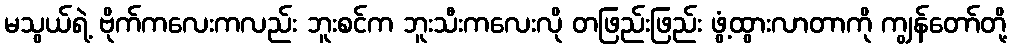
မသွယ်ရဲ့ ဗိုက်ကလေးကလည်း ဘူးစင်က ဘူးသီးကလေးလို တဖြည်းဖြည်း ဖွံ့ထွားလာတာကို ကျွန်တော်တို့